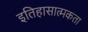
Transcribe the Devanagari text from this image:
इतिहासात्मकता